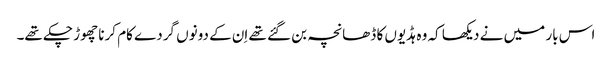
اس بار میں نے دیکھا کہ وہ ہڈیوں کا ڈھانچہ بن گئے تھے اِن کے دونوں گردے کام کرنا چھوڑ چکے تھے۔